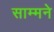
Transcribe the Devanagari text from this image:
साम्मने